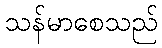
သန်မာစေသည်